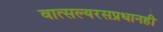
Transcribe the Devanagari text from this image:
वात्सल्यरसप्रधानही